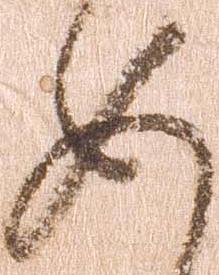
如